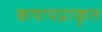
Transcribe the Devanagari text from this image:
कषायप्राकृत